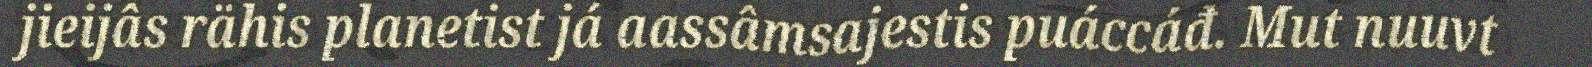
jieijâs rähis planetist já aassâmsajestis puáccáđ. Mut nuuvt